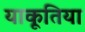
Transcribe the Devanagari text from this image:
याकूतिया